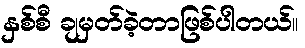
နှစ်စီ ချမှတ်ခဲ့တာဖြစ်ပါတယ်။